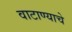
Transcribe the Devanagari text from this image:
वाटाण्याचे